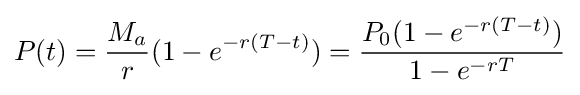
P(t)={\frac {M_{a}}{r}}(1-e^{-r(T-t)})={\frac {P_{0}(1-e^{-r(T-t)})}{1-e^{-rT}}}